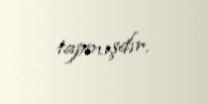
tapmışdır.